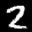
Label: 2